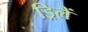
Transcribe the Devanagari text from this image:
ड्रिलें